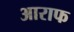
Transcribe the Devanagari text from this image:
आराफ